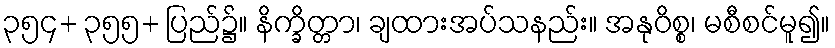
၃၅၄+ ၃၅၅+ ပြည်၌။ နိက္ခိတ္တာ၊ ချထားအပ်သနည်း။ အနုဝိစ္စ၊ မစီစင်မူ၍။